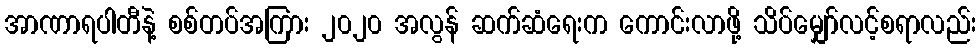
အာဏာရပါတီနဲ့ စစ်တပ်အကြား ၂၀၂၀ အလွန် ဆက်ဆံရေးက ကောင်းလာဖို့ သိပ်မျှော်လင့်စရာလည်း